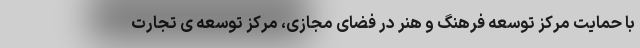
با حمایت مرکز توسعه فرهنگ و هنر در فضای مجازی، مرکز توسعه ی تجارت